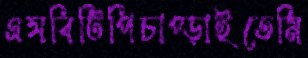
এসবিটিপিচাপ্‌ড়াইতেমি